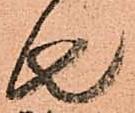
去